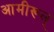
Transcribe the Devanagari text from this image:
आमीरूल्